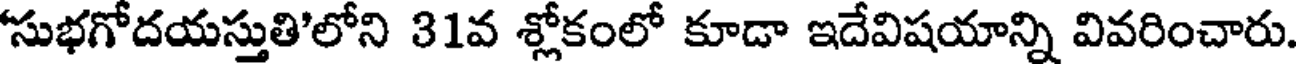
సుభగోదయస్తుతి'లోని 31వ శ్లోకంలో కూడా ఇదేవిషయాన్ని వివరించారు